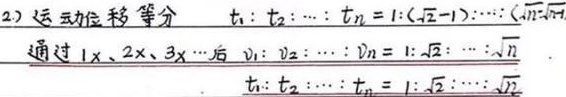
(2) 运动位移等分：\(t_{1}:t_{2}:\cdots :t_{n}=1:(\sqrt{2} - 1):\cdots:(\sqrt{n}-\sqrt{n - 1})\)，通过\(1x、2x、3x\cdots\)后，\(v_{1}:v_{2}:\cdots :v_{n}=1:\sqrt{2}:\cdots:\sqrt{n}\)，\(t_{1}:t_{2}:\cdots :t_{n}=1:\sqrt{2}:\cdots:\sqrt{n}\)